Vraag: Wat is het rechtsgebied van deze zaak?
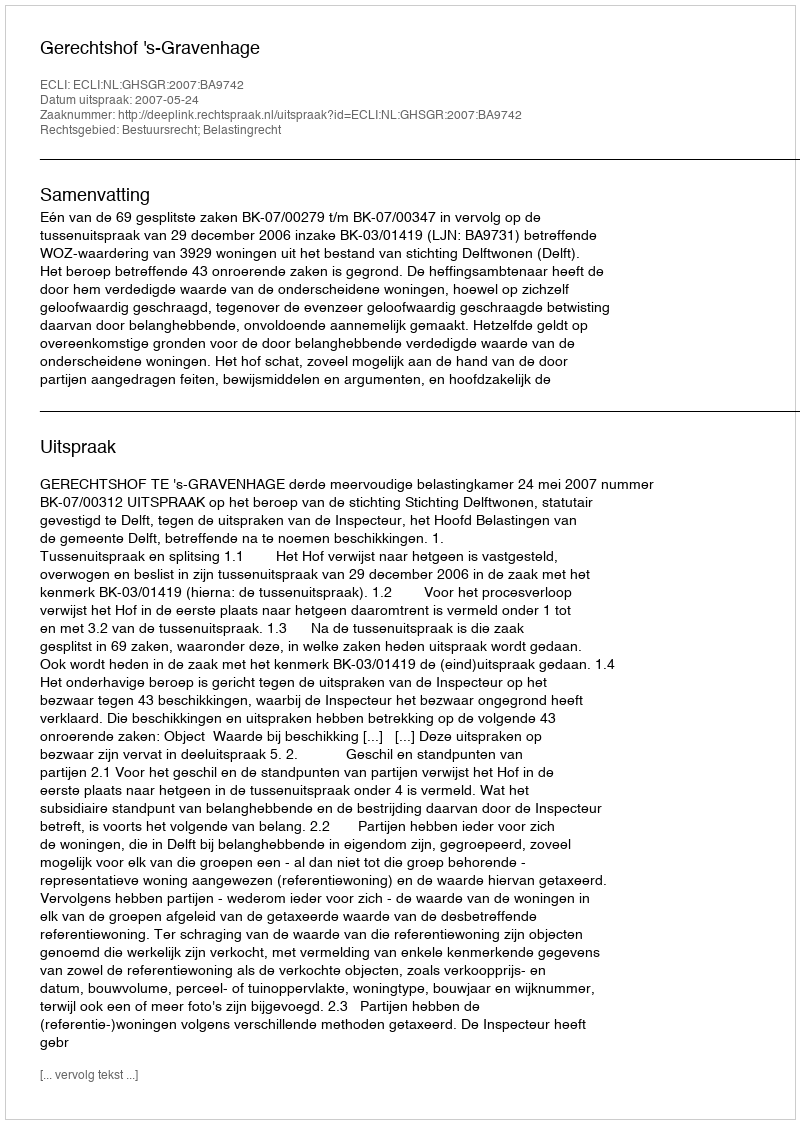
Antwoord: Bestuursrecht; Belastingrecht